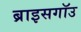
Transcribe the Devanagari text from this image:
ब्राइसगॉउ